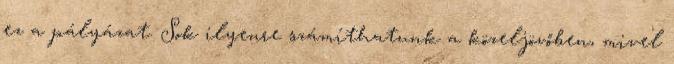
ez a pályázat. Sok ilyenre számíthatunk a közeljövőben, mivel